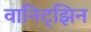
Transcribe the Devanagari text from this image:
वानिट्झिन